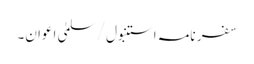
سفر نامہ استنبول/سلمیٰ اعوان۔